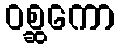
ဝစ္ဆကော